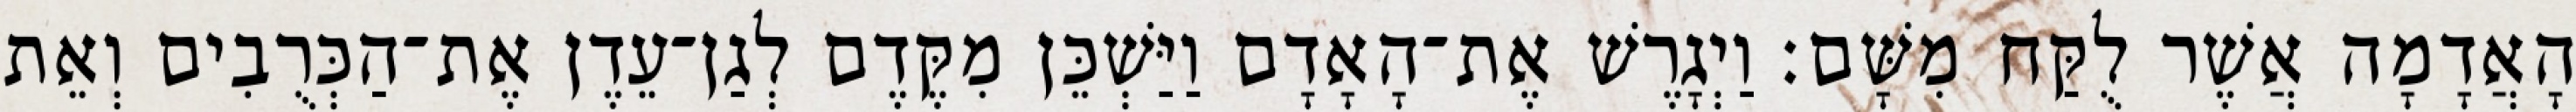
הָאֲדָמָה אֲשֶׁר לֻקַּח מִשָּׁם׃ וַיְגָרֶשׁ אֶת־הָאָדָם וַיַּשְׁכֵּן מִקֶּדֶם לְגַן־עֵדֶן אֶת־הַכְּרֻבִים וְאֵת